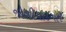
જોશીયાદગાર